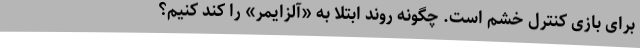
برای بازی کنترل خشم است. چگونه روند ابتلا به «آلزایمر» را کند کنیم؟